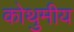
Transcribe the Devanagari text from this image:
कोथुमीय